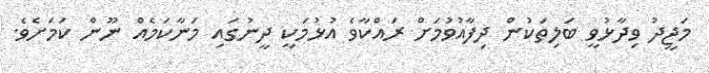
މަޖީދު ވިދާޅުވީ ބަލިތަކުން ދިފާއުވުމަށް ރައްކާވެ އުޅުމަކީ ދީނުގައި މަނާކަމެއް ނޫން ކަމަށެވެ.